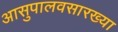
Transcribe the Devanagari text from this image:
आसुपालवसारख्या